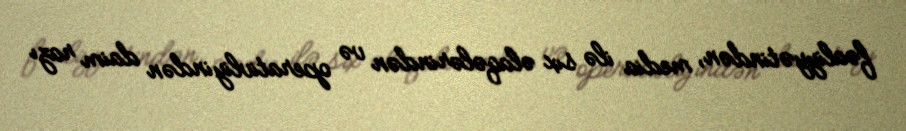
fəaliyyətindən, media ilə sıx əlaqələrindən və operativliyindən daim razı